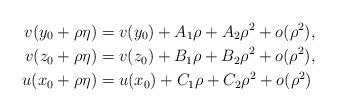
LaTeX: \begin{align*}v(y_0+\rho\eta)&=v(y_0)+A_1\rho+A_2\rho^{2}+o(\rho^{2}),\\v(z_0+\rho\eta)&=v(z_0)+B_1\rho+B_2\rho^{2}+o(\rho^{2}),\\u(x_0+\rho\eta)&=u(x_0)+C_1\rho+C_2\rho^{2}+o(\rho^{2})\end{align*}